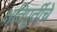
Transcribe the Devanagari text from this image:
क्षतिपूर्तीचे